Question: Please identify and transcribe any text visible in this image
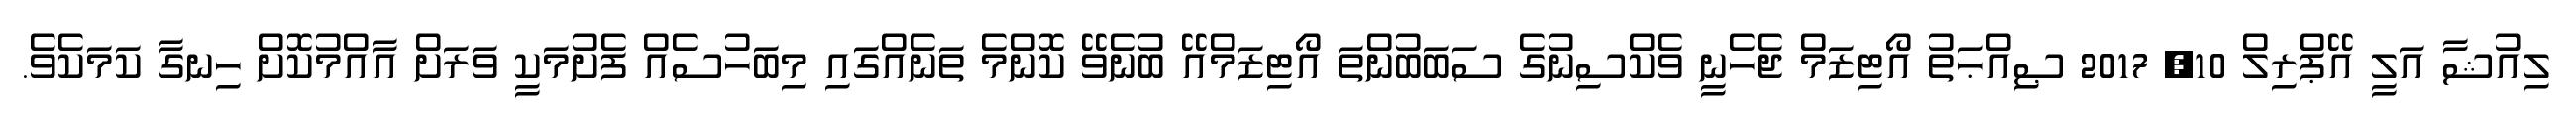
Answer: ލިއުޝާ އަލީ އޭޕްރިލް 10, 2017 ޞިއްޙަތު އޯޓިޒަމް ޖެހެނީ ވެކްސިނުގެ ސަބަބުންތަ އޯޓިޒަމްއޭ ބުނެވޭ ކޮންމެ ތަނެއްގައި މިބަހުސެއް ފެށުމަކީ ވަރަށް އާއްމުކޮށް ހިނގާ ކަމަކެވެ.